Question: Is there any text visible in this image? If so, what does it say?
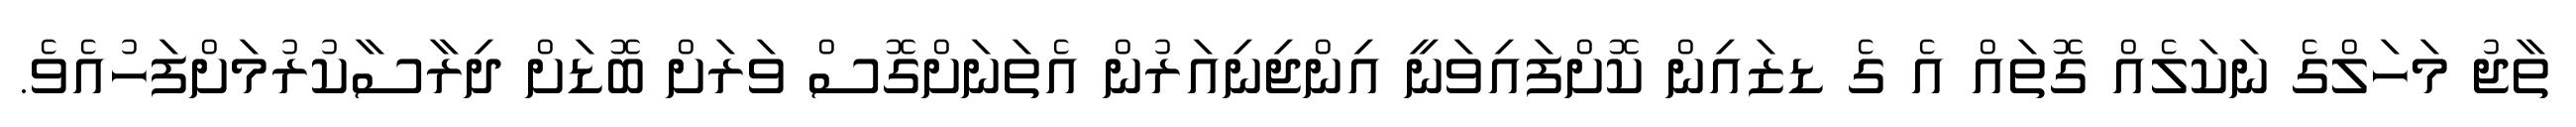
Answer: ތާޖު މަހަލްގެ ނަކަލެއް ގޮތައް އެ ގެ ޑޒައިން ކޮށްފައިވަނީ އިންޖިނިއަރުން އެތަނަށްގޮސް ވަރަށް ބޮޑަށް ދިރާސާކުރުމަށްފަހުއެވެ.